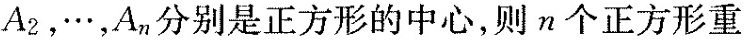
A_{2}，…，A_{n}分别是正方形的中心，则n个正方形重